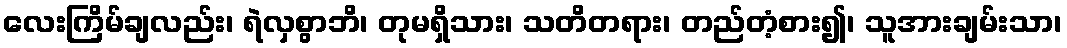
လေးကြိမ်ချလည်း၊ ရဲလှစွာဘိ၊ တုမရှိသား၊ သတိတရား၊ တည်တံ့စား၍၊ သူအားချမ်းသာ၊